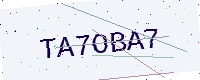
Text: TA7OBA7